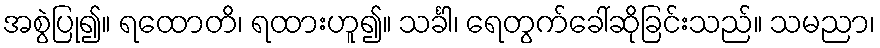
အစွဲပြု၍။ ရထောတိ၊ ရထားဟူ၍။ သင်္ခါ၊ ရေတွက်ခေါ်ဆိုခြင်းသည်။ သမညာ၊